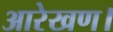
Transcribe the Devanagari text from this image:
आरेखण।